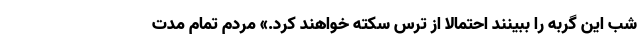
شب این گربه را ببینند احتمالا از ترس سکته خواهند کرد.» مردم تمام مدت